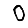
Digit: 0